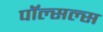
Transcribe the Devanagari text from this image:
पॉल्सल्स